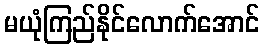
မယုံကြည်နိုင်လောက်အောင်